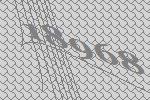
18968